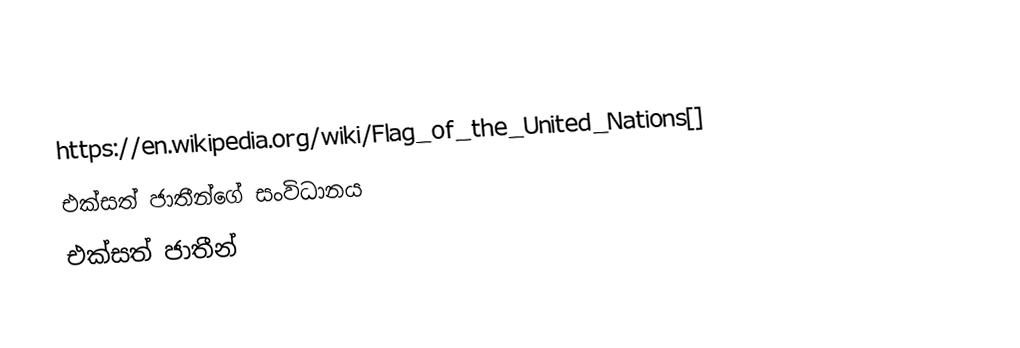
https://en.wikipedia.org/wiki/Flag_of_the_United_Nations[]
එක්සත් ජාතීන්ගේ සංවිධානය
එක්සත් ජාතීන්